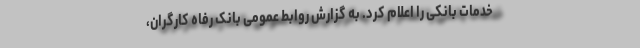
خدمات بانکی را اعلام کرد. به گزارش روابط عمومی بانک رفاه کارگران،